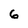
Character: 6